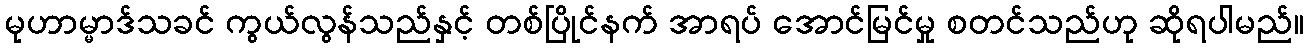
မုဟာမ္မာဒ်သခင် ကွယ်လွန်သည်နှင့် တစ်ပြိုင်နက် အာရပ် အောင်မြင်မှု စတင်သည်ဟု ဆိုရပါမည်။